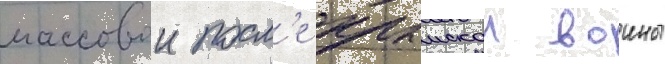
массовои посл'е крымскои воины